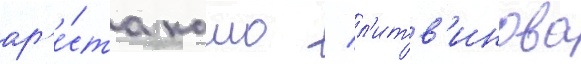
ар'е́ста камо / л'итв'инова